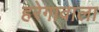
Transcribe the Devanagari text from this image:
हरेगावाला